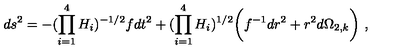
d s ^ { 2 } = - { ( \prod _ { i = 1 } ^ { 4 } H _ { i } ) ^ { - 1 / 2 } } f d t ^ { 2 } + ( \prod _ { i = 1 } ^ { 4 } H _ { i } ) ^ { 1 / 2 } \bigg ( f ^ { - 1 } { d r ^ { 2 } } + r ^ { 2 } d \Omega _ { 2 , k } \bigg ) \ ,